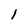
Character: l